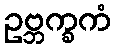
ဥဗ္ဘက္ခကံ